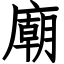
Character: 廟